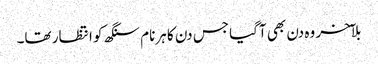
بلآخر وہ دن بھی آگیا جس دن کا ہرنام سنگھ کو انتظار تھا۔